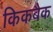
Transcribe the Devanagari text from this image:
किकबैक